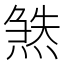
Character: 𬊹